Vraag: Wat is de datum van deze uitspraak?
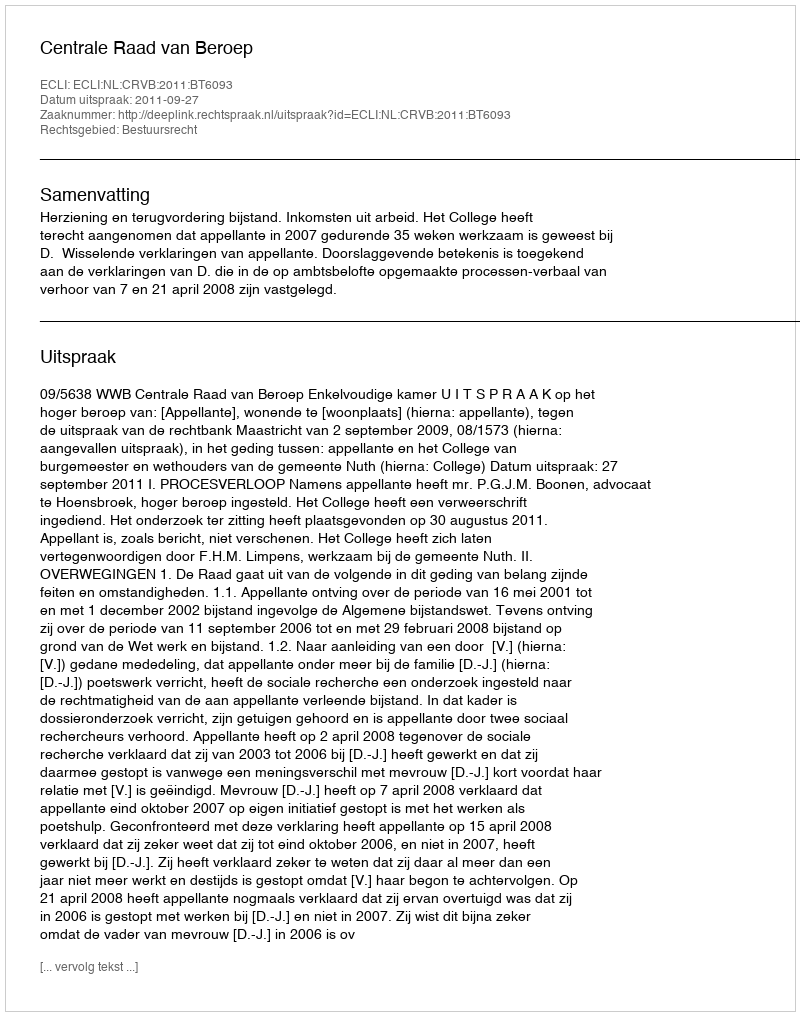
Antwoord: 2011-09-27